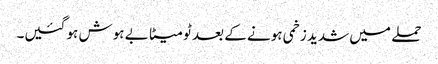
حملے میں شدید زخمی ہونے کے بعد ٹومیٹا بے ہوش ہو گئیں۔